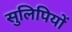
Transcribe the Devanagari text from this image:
सुलिपियों